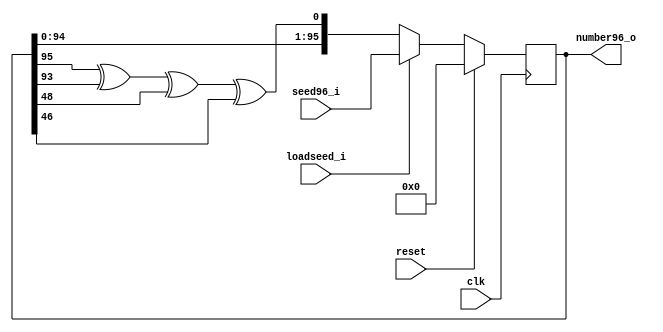
module Rng96 #(parameter  WORDSIZE = 32)(clk,reset,loadseed_i,seed96_i,number96_o);
input clk;
input reset;
input loadseed_i;
input [95:0] seed96_i;
output [95:0] number96_o;

reg [95:0]number_intern;
assign number96_o = number_intern;
wire feedback = number_intern[95]^number_intern[93]^number_intern[48]^number_intern[46];

always @(posedge clk)
  if (reset) 
    number_intern <= 96'h0;
  else if (loadseed_i)
    number_intern <=seed96_i;
  else
    number_intern <= {number96_o[94:0], feedback} ;


endmodule